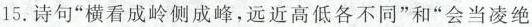
15.诗句”横看成岭侧成峰，远近高低各不同”和”会当凌绝